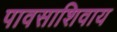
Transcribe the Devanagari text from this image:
पावसाशिवाय